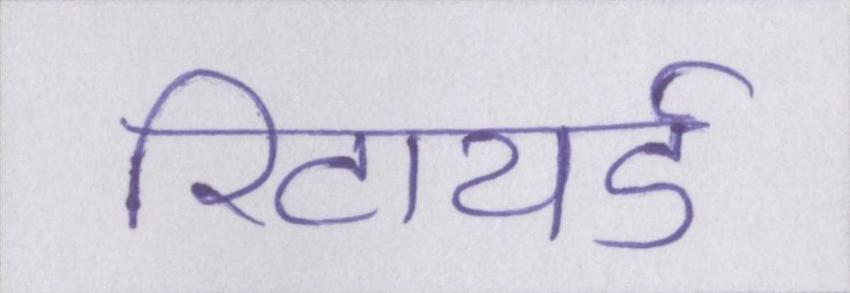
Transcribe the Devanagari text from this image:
रिटायर्ड